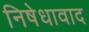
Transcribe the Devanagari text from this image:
निषेधावाद